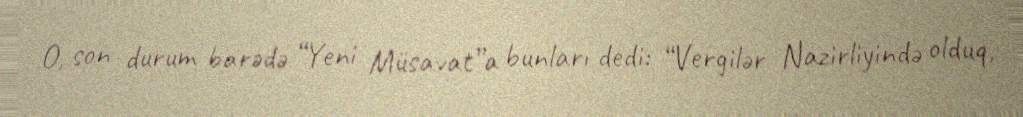
O, son durum barədə “Yeni Müsavat”a bunları dedi: “Vergilər Nazirliyində olduq,